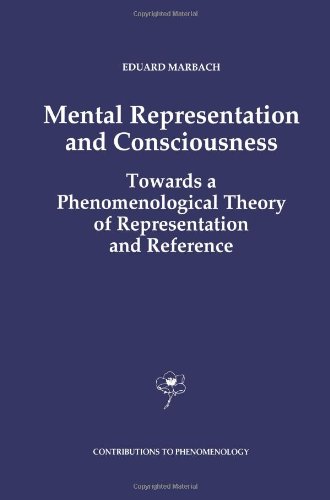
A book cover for Mental Representation and Consciousness: Towards a Phenomenological Theory of Representation and Reference (Contributions To Phenomenology); E. Marbach; Politics & Social Sciences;